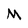
Character: M